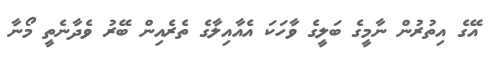
އޭގެ އިތުރުން ނާމީގެ ބަލީގެ ވާހަކަ އެއާއިލާގެ ތެރެއިން ބޭރު ވެދާނެތީ މޯނާ